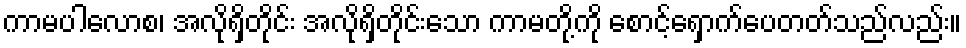
ကာမပါလောစ၊ အလိုရှိတိုင်း အလိုရှိတိုင်းသော ကာမတို့ကို စောင့်ရှောက်ပေတတ်သည်လည်း။